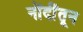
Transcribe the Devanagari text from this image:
नोंदींतून